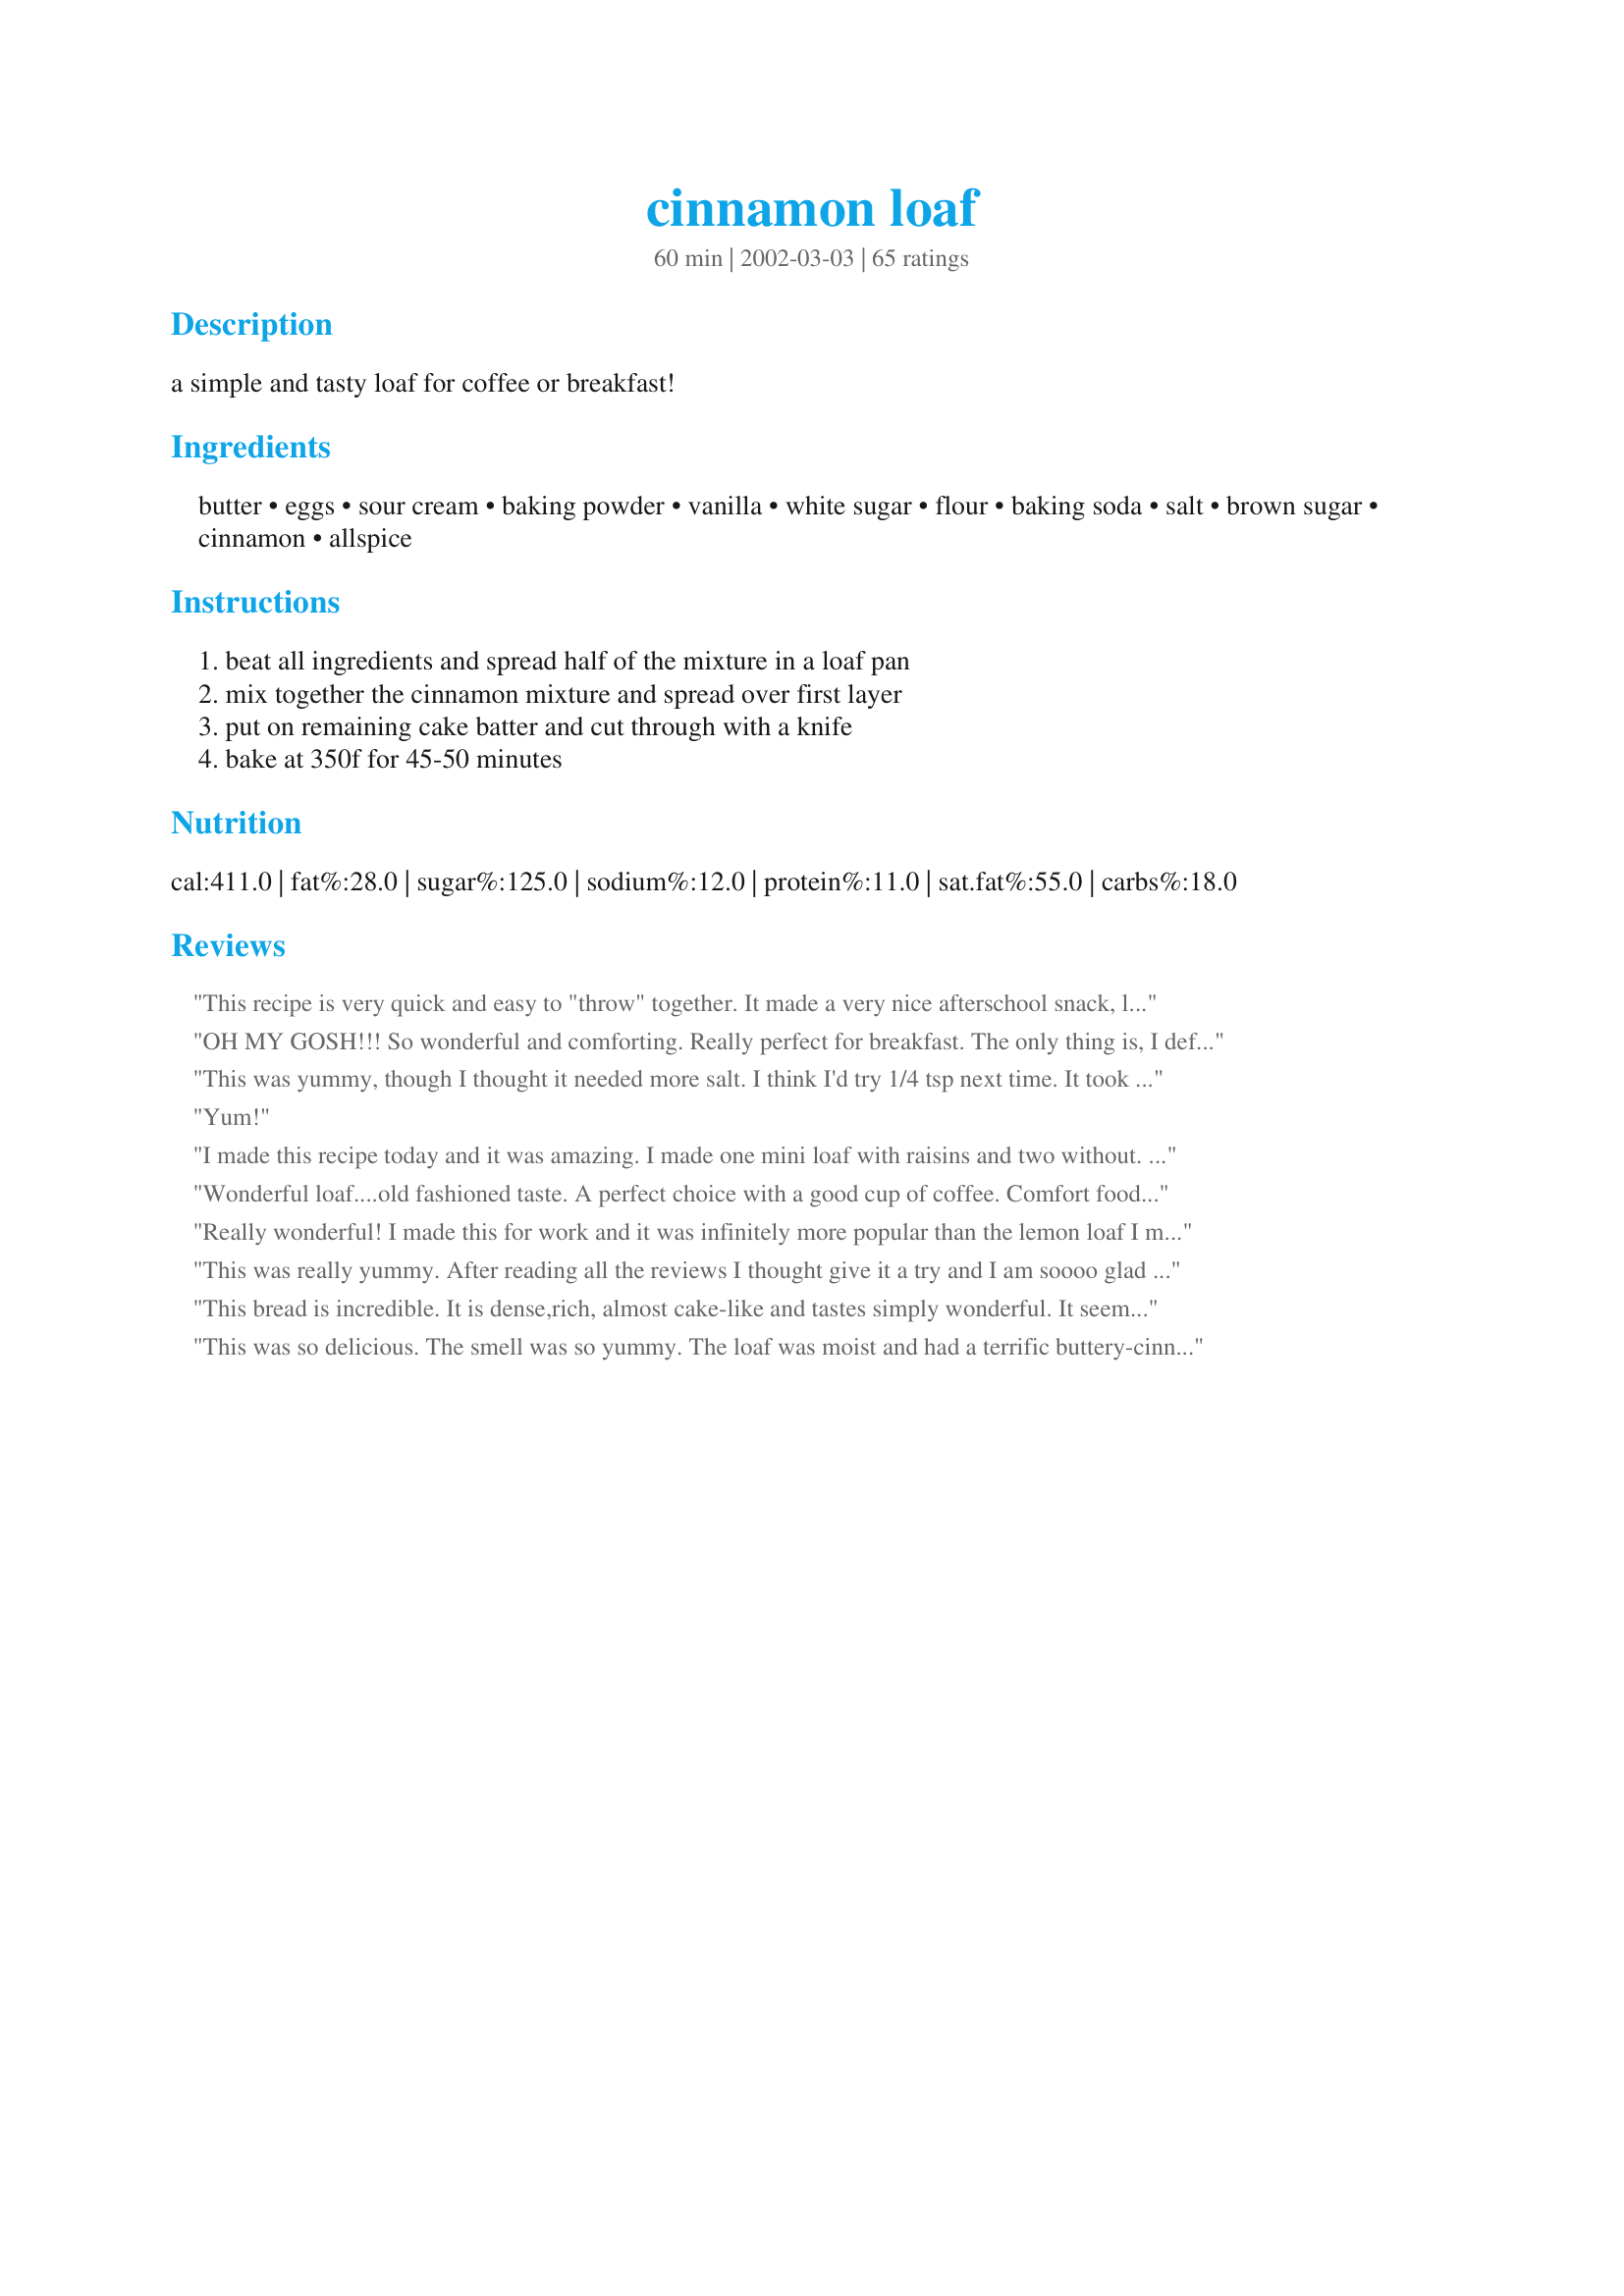
cinnamon loaf
Preparation time: 60 minutes

a simple and tasty loaf for coffee or breakfast!

Ingredients:
butter, eggs, sour cream, baking powder, vanilla, white sugar, flour, baking soda, salt, brown sugar, cinnamon, allspice

Steps:
beat all ingredients and spread half of the mixture in a loaf pan, mix together the cinnamon mixture and spread over first layer, put on remaining cake batter and cut through with a knife, bake at 350f for 45-50 minutes

Reviews:
This recipe is very quick and easy to "throw" together. It made a very nice afterschool snack, loved it warm, and have made it twice now. Thank you!!
OH MY GOSH!!! So wonderful and comforting. Really perfect for breakfast. The only thing is, I definitely can't go running after I eat it :-)! I will make this over and over again when we have overnight guests (BF's parents are coming in town for his recital in a month. This will be breakfast!)
This was yummy, though I thought it needed more salt. I think I'd try 1/4 tsp next time. It took a full hour to bake in a 9x4-inch pan. I used Land o'Lakes light butter and low fat sour cream, and got about 12 slices out of it. Delish -- thanks!
Yum!
I made this recipe today and it was amazing. I made one mini loaf with raisins and two without. This recipes was so easy and so good. I am going to make again today but this time I am adding apple slices. This recipe is a keeper. Thank you Graybert.
Wonderful loaf....old fashioned taste. A perfect choice with a good cup of coffee. Comfort food at it's best.
Really wonderful! I made this for work and it was infinitely more popular than the lemon loaf I made!
This was really yummy. After reading all the reviews I thought give it a try and I am soooo glad I did. It was so moist and light. I made it for friends last night, gone in no time..good recipe...I will be making it all the time from now on
This bread is incredible. It is dense,rich, almost cake-like and tastes simply wonderful. It seemed SO good while cooking, we could hardly wait. The batter is very thick and I did have a bit of trouble getting the top layer to spread so have a sturdy knife handy. Thanks for a great recipe!
This was so delicious. The smell was so yummy. The loaf was moist and had a terrific buttery-cinnamon flavor. This really dressed up our breakfast table. We all loved it and they have already asked me to make it again. Thanks ;)
Excellent loaf. The texture is soft, light and moist. The flavor is wonderful and best of all, it is so easy to put together. I had to bake mine for 55 minutes. Delicious, Thank you Graybert!!
Whipped this up early this morning and had it on the counter cooling before I woke the rest of the family up. They followed their noses to the kitchen and we all sat down and had breakfast together for a change. I added 1/2 cup of chocolate chips to the batter to appeal to a picky child. Everyone voted that it was a keeper. Thanks for the easy delicious recipe.
VERY good!! Made this for company last night. Their 4 yr old loved it and had 3 pieces. Great recipe, thanks. I slimmed it down by using unsweetened applesauce for the butter, light sour cream, splenda in place of sugar, 1 cup regular flour and 1 cup whole wheat, and splenda brown sugar blend. For anyone doing Weight Watchers, this takes the recipe from 10 points per slice to 3.
This is tasty and very easy to make. I was out of brown sugar to I used strawberry jam for the middle and cut through with a knife and sprinkled the top with a little white sugar and cinnamon. Although the jam was good, I would prefer the brown sugar/cinnamon. This is definitely worth making again. Thanks for posting.
I had printed this recipe a while ago, before it got reviewed, so I was surprised at the number of reviews it has received, but oh my, it SO deserves them!! what a great recipe!! it took an hour in my oven, which is a bit cold I think, smelled wonderful while it baked!! thank you so much, I will make this again!!
Loved it. Made it several times now. Very similar to a recipe I've been making for years, except for the sour cream. This gives it a moister texture. The batter seemed too thick, but when baked was perfect. This will replace my regular recipe for sure.
A++++++.Loaf is a misnomer.It does its job well,wonderful moist and light.Just enough cinnamon and sugar.Great for dessert or breakfast..I did both:)I will keep sour cream on hand to make this again and again!!Thanks for sharing!
well what can i say... this is the best cake i have ever made (thats what my boy friend said) its was suoer crispy on the outside and so light in the middle!!! very very happy, i did have to cook it for 55 mins! thanks!
I personally would have liked this loaf sweeter, but it was nothing a dollop of jam couldn't help. However this recieved such high praise from my husband's work mates and my husband, all stating it was sweet enough and delicious it totally deserves 5*...
I guess my expectations were too high after reading all the terrific reviews. This was nice, but nothing awe-inspiring.
Coffe, breakfast, heck this is good enough to eat all day long. I made it this morning and DD woke up and wanted to know what smelled so good. I too added the extra topping on top, it looked just as good as it tastes too. I will spray the loaf pan next time...I forgot. Thanks, this is really good and I will make it all the time now it was so very easy to make.
I had printed this recipe out but never made it until today. Boy, wish I would have made this a lot sooner! It is moist and delicious. It wasn't heavy, just a great texture. It's also a plus on how quick it is to whip up. I want to make this for Easter, but I will be making many times before that! Thanks for posting your wonderful recipe.
PERFECT...'nuf said!!
Loved it! Next time I'll add more sugar and cinnamon to the top. Had to cover the loaf with foil after 30 minutes to prevent top from over-browning. Great recipe, thanks!
Excellent. Very easy to make and extremely tasty. The only thing I couldn't figure out was how to "cut through with a knife" in order to swirl the layer of cinnamon. My layer was just straight across, but it was still very good. Thanks!
I made this recipe so I could use up some sour cream in my fridge. It turned out great, my husband loved it. I didn't have allspice on hand , so I used some extra cinnamon in the mixture.
This cakae was easy to make, and was so moist and delicious, I will certainly make this one again!
Wonderfully moist! Great when you don't have bananas on hand and a nice change. I always sprinkle brown sugar on top of my banana bread and worked nice on this too. It took 65 minutes in my oven and the thermometer read 350 degrees.
This is a lovely bread. I made this yesterday as part of my gift baskets for Christmas. I did everything exactly as the recipe stated, except that I divided the cinnamon sugar mixture into two and sprinkle half in the center and after drawing through with a knife, sprinkled the remainder on top before sliding it into the oven. It looks gorgeous and tastes delicious. Thanks for a super recipe!
Very good. I twas nice and moist and tasted so good that I ate it all by myself in 2 days.
I made this last night and it was very very good....It was very moist and I think the sour cream added alot of flavor....I will keep this one thanks ! I also put some cinnamon and sugar ontop ..
So moist and delicious. I sprinkled some of the cinnamon mixture on top too. So yummy with a cup of tea! I will make this again and again. Thank you.
This was super yummy and easy to make! I didn't have allspice on hand so I just used a tiny bit of ground cloves and nutmeg. It was wonderful for breakfast! Mine did take about 10 minutes longer to fully bake. But it was worth it. I am going to try my mini-loaf pan next time. Thanks for a great recipe!
Absolutely the best loaf recipe I have found. My husband requests this at least twice a month. Perfect for breakfast too! Thanks for the recipe.
Ahhhhhhhh, nothing better than cinnamon!! This was superb. I took Carol's advise and doubled the sugar mixture, putting half on top. Everyone loved it. And the smell while it's cooking is DIVINE!!! Oh yeah....mine was still a bit jiggly in the center at the end of the cooking time, so I kept it in the oven another 10 minutes or so.
Absolutely wonderful. I made this for breakfast and it went so fast!! I made it in mini loaf pans instead of the large pan. Baked for about 20-25 minutes. The aroma was devine. I did some exactly as the recipe states and some with raisins and chopped walnuts. Both were excellent. Thanks for sharing such an easy and delicious recipe. Definitely a keeper!!
Great! Tastes like a coffee cake. Better than what you can buy at the store! The texture is so light and fluffy. I made another 1/2 size cinnamon mix to put on tip, but I think it was actually too much. I didn't care for the crusty layer it made on top. I will save a small amount from the middle to sprinkle on top. Also, the sides stuck to the pan pretty bad, so I'm going to try spraying the pan next time.
This was a really great tasting loaf, that my hubbie luved. I substituted yogurt for the sour cream, since that's what I had on hand, and it still tasted absolutely great. I think next time I might try to make the same recipe as a fruitcake and see what happens, minus the cinnamon. A keeper, thanks!
Wonderful!
Someone expected to see a cake wrapper in the kitchen, hence the upgrade to 5 stars. I half the recipe and use a 7x4x2.5 loaf tin which is perfect. Have been known to forget the egg, which still works. Also excellent with mixed dried fruit and orange zest. Superb, easy, very forgiving recipe.
Another happy customer! Although this is not the absolute best cinnamon bread I've ever had, I'm giving it five stars because it is very, very good -- and it's so extremely easy to make. I took the suggestions of other reviewers and reduced the fat in it -- I used light sour cream, reduced the butter to two tablespoons, and used 6 tablespoons of applesauce in place of the remaining butter. I may "get jiggy with it" (to quote Seinfeld) and replace all the butter next time, as well as using whole wheat pastry flour ... what's the worst that can happen? Anyway, this was great -- thanks for posting it.
This was wonderful! I saved a bit of the cinnamon mixture and sprinkled it on top before baking. I will make this bread again and again!
This cinnamon bread tastes SO good. I just had one minor issue. The center of it was gooey, even after being baked for 50 mins. I ate it anyways and thought the gooey parts of the bread tasted good, but I don't think it was supposed to be like that. I was just baking for myself today, but if I make this bread for someone else I will add 5 mins to the baking time.
Wow this doesn't need another review but couldn't help it. This is a wonderful and easy. I love the batter in this recipe. It smells incredible and you won't be able to wait for it too cool. Made this for a snowy morning it was the best.
24 reviews and the easiness of the recipe made me try this one,but believe me,it deserves 5 stars and it deserves every zaar member to try it out.....D-E-L-I-C-I-O-U-S!!!
When I made this I really missed my co-sister who has moved to sweden...both of us have a sweet tooth and I really miss her company when I make all these treats..Thnx Graybert for a wonderful,light recipe!!
Very good, thanks so much for sharing!!
I have made this 5 or 6 times and always gets 5 stars. Several times I did not have 1 cup of sour cream so I made up the difference with low fat yogurt lemon or vanilla.
I have to add my 2 cents! I took the advice of many and doubled the topping so that it could be sprinkled on top. I think what makes this loaf stand out is the addition of the sour cream, and using good quality cinnamon. This is definitely a keeper!
The smell in the kitchen alone is worth making this bread. It's very good tasting too.
Tasted wonderful. Made two loaves for work and everyone loved it. The cinnamon rose to just under the top though, will place it a little further in next time.
I have to bake mine for 55 minutes instead. This is good but not awesome. After reading all the reviews, I was a little disappointed.
Magic recipe! My house smelt like a doughnut shop while it was baking. We served warm with coffee. No leftovers and enjoyed by all family members. Thanks for sharing
This was very good. I doubled the cinnamon mixture and put half in the middle and half on top. Our family had it for dessert and we also took it for breakfast during the week.
Really great recipe! But I thought I had made a mistake that could have cost me recipe: I thought I had a tub of sour cream in the fridge, and when I went to make the cake, I found out it was actually vanilla yogurt! Since I had already started mixing the other ingredients, I decided to go ahead and use the yogurt, but leave out 1/4 cup of white sugar. It turned out great!!!! I also added a handful of raisins and it smelled sooo good as it was baking.... Hmmm!!! I am thrilled with the recipe! And I even managed to cut back on sugar and fat! Thanks so much for a great recipe!!!
Very delicious!!
I made this loaf for Saturday morning breakfast. I had to bake it about 10 extra minutes. I doubled the cinnamon/sugar mixture, using some on top. It was a nice snack to nibble on all day. Was thinking about using something different for the middle, like maybe raspberry jam!
very good and tasty. extremely easy to make and not overly sweet so it was a good fast breakfast with a good cup of coffee.
Thanks to Pumpkie's great photo I'd been anxious to try this. I used low fat sour cream and increased the filling amount slightly. I might have overbaked it slightly (was out jogging), since it crumbled slightly around edges when cut. My husband has really been enjoying this with his morning cup of tea. I was thrilled to see my wavy cinnamon line throughout the loaf, just like the photo! I used a sharp butcher knife to swirl the batter.
Roxygirl
Made this tonight with a pot of homemade chicken noodle soup and Boy it is really tasty. I will be making this regularly. Thanks for a great recipe.
:)
Very moist and delicious! The cinnamon filling swirled through it is fantastic. I used only 3/4C sugar in the batter and it turned out very nicely. (We don't like things too sweet.) Hubby requested the leftover for breakfast, so I know it's a keeper recipe. Thanks, Christina!
This is by far the best loaf recipe I have ever made. I doubled the cinnamon sugar layer and sprinkled some on top. WONDERFUL!! My daughter loves it. I made it for her this morning to help make her first day of high school more bearable. This is definitely a keeper.
Very yummy! Will definitely be making this again and again.
This loaf was so good & moist. I made last night for breakfast this morning. The only problem was that their was none left for breafast. Thanks for the great recipe.
This was so great! I made it for breakfast sunday morning and it was delish...it was even better on monday morning! Only wish I'd put a topping on it.
This was great! It was very moist and delicious. The only thing I would change would be to sprinkle some of the cinnamon mixture over the top. Thanks for sharing this wonderful recipe.
